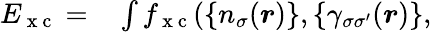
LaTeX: \begin{array}{rl}{E_{\mathrm{~x~c~}}=}&{{}\int f_{\mathrm{~x~c~}}(\{ n_{\sigma}(\boldsymbol{r})\} ,\{ \gamma_{\sigma\sigma^{\prime}}(\boldsymbol{r})\} ,}\end{array}